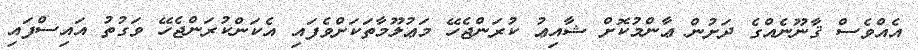
އެއްވެސް ޤާނޫނެއްގެ ދަށުން ޢާންމުކޮށް ޝާއިޢު ކުރަންޖެހޭ މަޢުލޫމާތަކަށްވެފައި އެކަންކުރަންޖެހޭ ވަގުތު އައިސްފައި